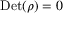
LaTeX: \mathrm { D e t } ( \rho ) = 0